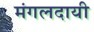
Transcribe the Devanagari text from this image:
मंगलदायी